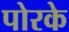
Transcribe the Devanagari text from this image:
पोरके